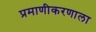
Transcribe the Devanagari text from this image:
प्रमाणीकरणाला